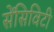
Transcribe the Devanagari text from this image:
सेंसिविटी